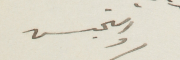
والتجسس